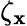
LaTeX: \zeta_{\mathbf{x}}